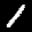
Label: 1